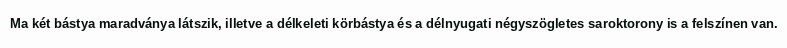
Ma két bástya maradványa látszik, illetve a délkeleti körbástya és a délnyugati négyszögletes saroktorony is a felszínen van.